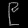
Digit: ၉